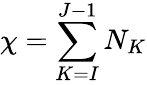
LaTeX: \chi=\sum_{K=I}^{J-1}N_{K}